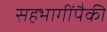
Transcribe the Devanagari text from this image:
सहभागींपैकी